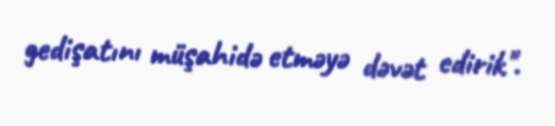
gedişatını müşahidə etməyə dəvət edirik".